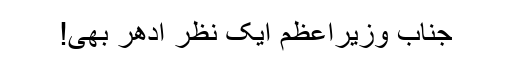
جناب وزیراعظم ایک نظر ادھر بھی!